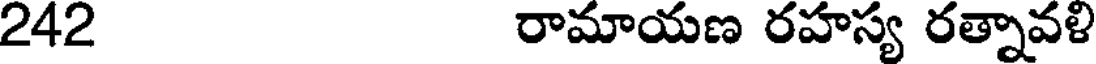
242 రామాయణ రహస్య రత్నావళి